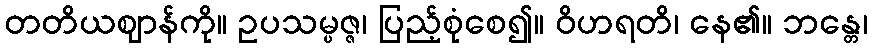
တတိယဈာန်ကို။ ဥပသမ္ပဇ္ဇ၊ ပြည့်စုံစေ၍။ ဝိဟရတိ၊ နေ၏။ ဘန္တေ၊